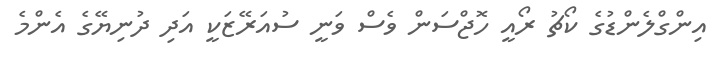
އިންގްލެންޑުގެ ކޯޗު ރޯއީ ހޮޖްސަން ވެސް ވަނީ ސުއަރޭޒަކީ އަދި ދުނިޔޭގެ އެންމެ